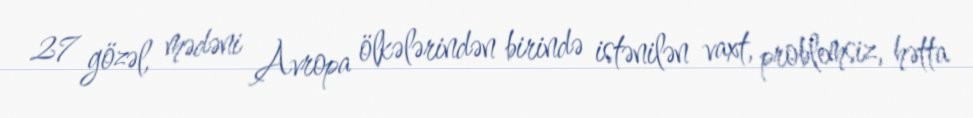
27 gözəl, mədəni Avropa ölkələrindən birində istənilən vaxt, problemsiz, hətta